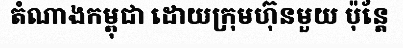
តំណាងកម្ពុជា ដោយក្រុមហ៊ុនមួយ ប៉ុន្តែ